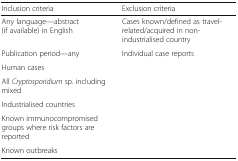
<table><thead><tr><td><b>Inclusion criteria</b></td><td><b>Exclusion criteria</b></td></tr></thead><tbody><tr><td>Any language—abstract (if available) in English</td><td>Cases known/defined as travel-related/acquired in non-industrialised country</td></tr><tr><td>Publication period—any</td><td>Individual case reports</td></tr><tr><td>Human cases</td><td></td></tr><tr><td>All <i>Cryptosporidium</i> sp. including mixed</td><td></td></tr><tr><td>Industrialised countries</td><td></td></tr><tr><td>Known immunocompromised groups where risk factors are reported</td><td></td></tr><tr><td>Known outbreaks</td><td></td></tr></tbody></table>